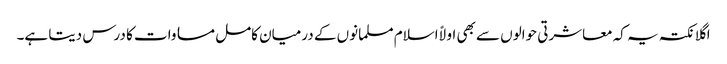
اگلا نکتہ یہ کہ معاشرتی حوالوں سے بھی اولاً اسلام مسلمانوں کے درمیان کامل مساوات کا درس دیتا ہے۔